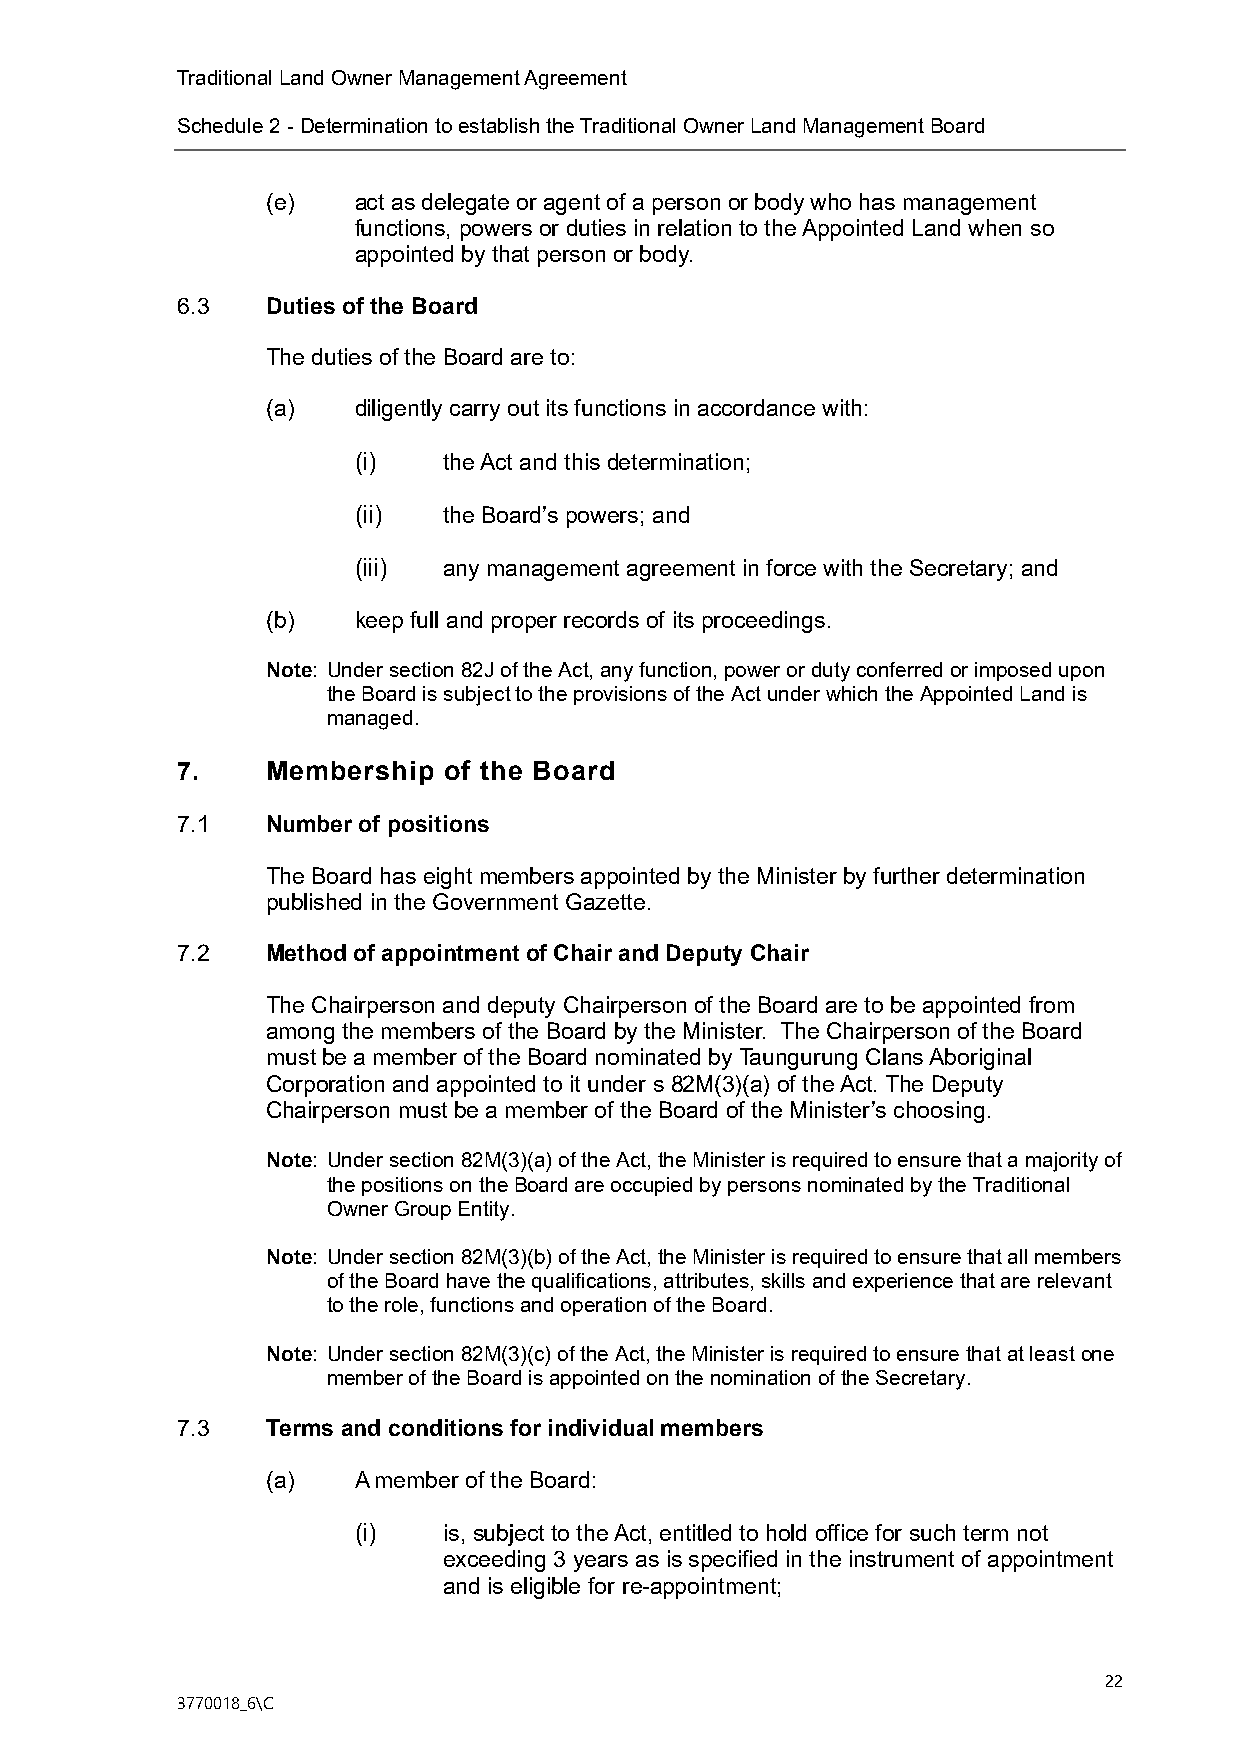
Traditional Land Owner Management Agreement
 Schedule 2 - Determination to establish the Traditional Owner Land Management Board
 (e)  act as delegate or agent of a person or body who has management
 functions, powers or duties in relation to the Appointed Land when so
 appointed by that person or body.
 6.3   Duties of the Board
 The duties of the Board are to:
 (a)  diligently carry out its functions in accordance with:
 (i)   the Act and this determination;
 (ii)  the Board’s powers; and
 (iii) any management agreement in force with the Secretary; and
 (b)  keep full and proper records of its proceedings.
 Note: Under section 82J of the Act, any function, power or duty conferred or imposed upon
 the Board is subject to the provisions of the Act under which the Appointed Land is
 managed.
 7.    Membership of the Board
 7.1   Number of positions
 The Board has eight members appointed by the Minister by further determination
 published in the Government Gazette.
 7.2   Method of appointment of Chair and Deputy Chair
 The Chairperson and deputy Chairperson of the Board are to be appointed from
 among the members of the Board by the Minister. The Chairperson of the Board
 must be a member of the Board nominated by Taungurung Clans Aboriginal
 Corporation and appointed to it under s 82M(3)(a) of the Act. The Deputy
 Chairperson must be a member of the Board of the Minister’s choosing.
 Note: Under section 82M(3)(a) of the Act, the Minister is required to ensure that a majority of
 the positions on the Board are occupied by persons nominated by the Traditional
 Owner Group Entity.
 Note: Under section 82M(3)(b) of the Act, the Minister is required to ensure that all members
 of the Board have the qualifications, attributes, skills and experience that are relevant
 to the role, functions and operation of the Board.
 Note: Under section 82M(3)(c) of the Act, the Minister is required to ensure that at least one
 member of the Board is appointed on the nomination of the Secretary.
 7.3   Terms and conditions for individual members
 (a)  A member of the Board:
 (i)   is, subject to the Act, entitled to hold office for such term not
 exceeding 3 years as is specified in the instrument of appointment
 and is eligible for re-appointment;
 22
 3770018_6\C